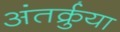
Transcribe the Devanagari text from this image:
अंतर्क्रुया